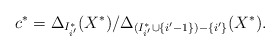
\begin{align*}c^* = \Delta_{I^*_{i'}}(X^*)/\Delta_{(I^*_{i'} \cup \{i'-1\})- \{i'\}}(X^*).\end{align*}